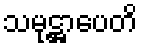
သမုဋ္ဌာပေတိ